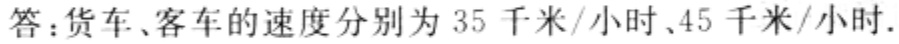
答：货车、客车的速度分别为 35 千米/小时、45 千米/小时.